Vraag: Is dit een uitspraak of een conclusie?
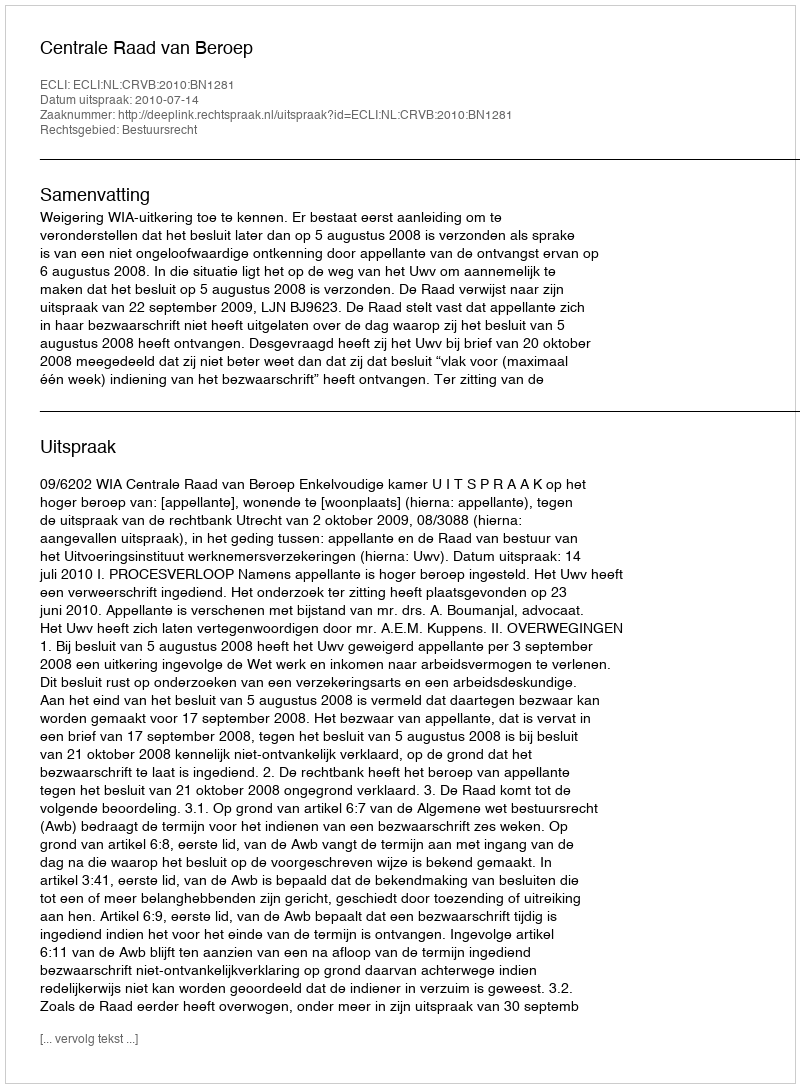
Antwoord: Uitspraak